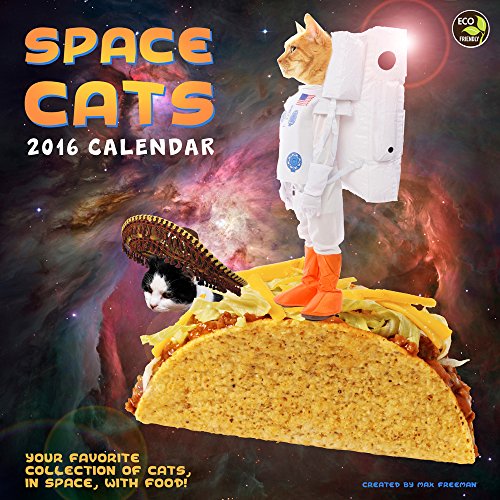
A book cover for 2016 Space Cats Wall Calendar; Max Freeman; Calendars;